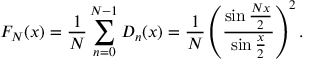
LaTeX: F _ { N } ( x ) = { \frac { 1 } { N } } \sum _ { n = 0 } ^ { N - 1 } D _ { n } ( x ) = { \frac { 1 } { N } } \left( { \frac { \sin { \frac { N x } { 2 } } } { \sin { \frac { x } { 2 } } } } \right) ^ { 2 } .